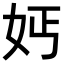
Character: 𡛔